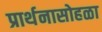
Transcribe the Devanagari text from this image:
प्रार्थनासोहळा